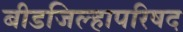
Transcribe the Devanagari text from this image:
बीडजिल्हापरिषद